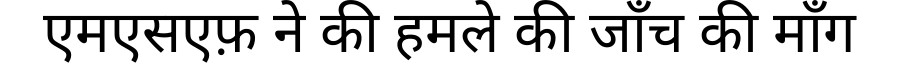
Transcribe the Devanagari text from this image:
एमएसएफ़ ने की हमले की जाँच की माँग